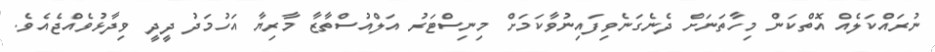
ނުރައްކަލެއް އޮތްކަން މިހާތަނަށް ދެނެގަނެވިފައިނުވާކަމަށް މިނިސްޓަރު އަލްއުސްތާޒާ މާރިޔާ އަހުމަދު ދީދީ ވިދާޅުވެއްޖެއެވެ.